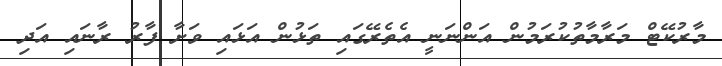
މާރުކޭޓް މަރާމާތުކުރަމުން އަންނަނީ އެތެރޭގައި ތަޅުން އަޅައި ވަށާ ފާރު ރާނައި އަދި